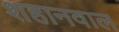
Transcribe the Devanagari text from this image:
शहानवाल